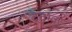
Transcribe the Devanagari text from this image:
द्रवावर